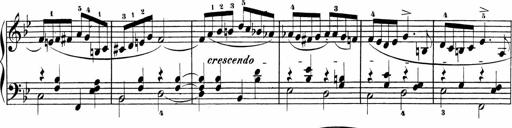
Title: Sonatinas
Composer: Andrew Violette